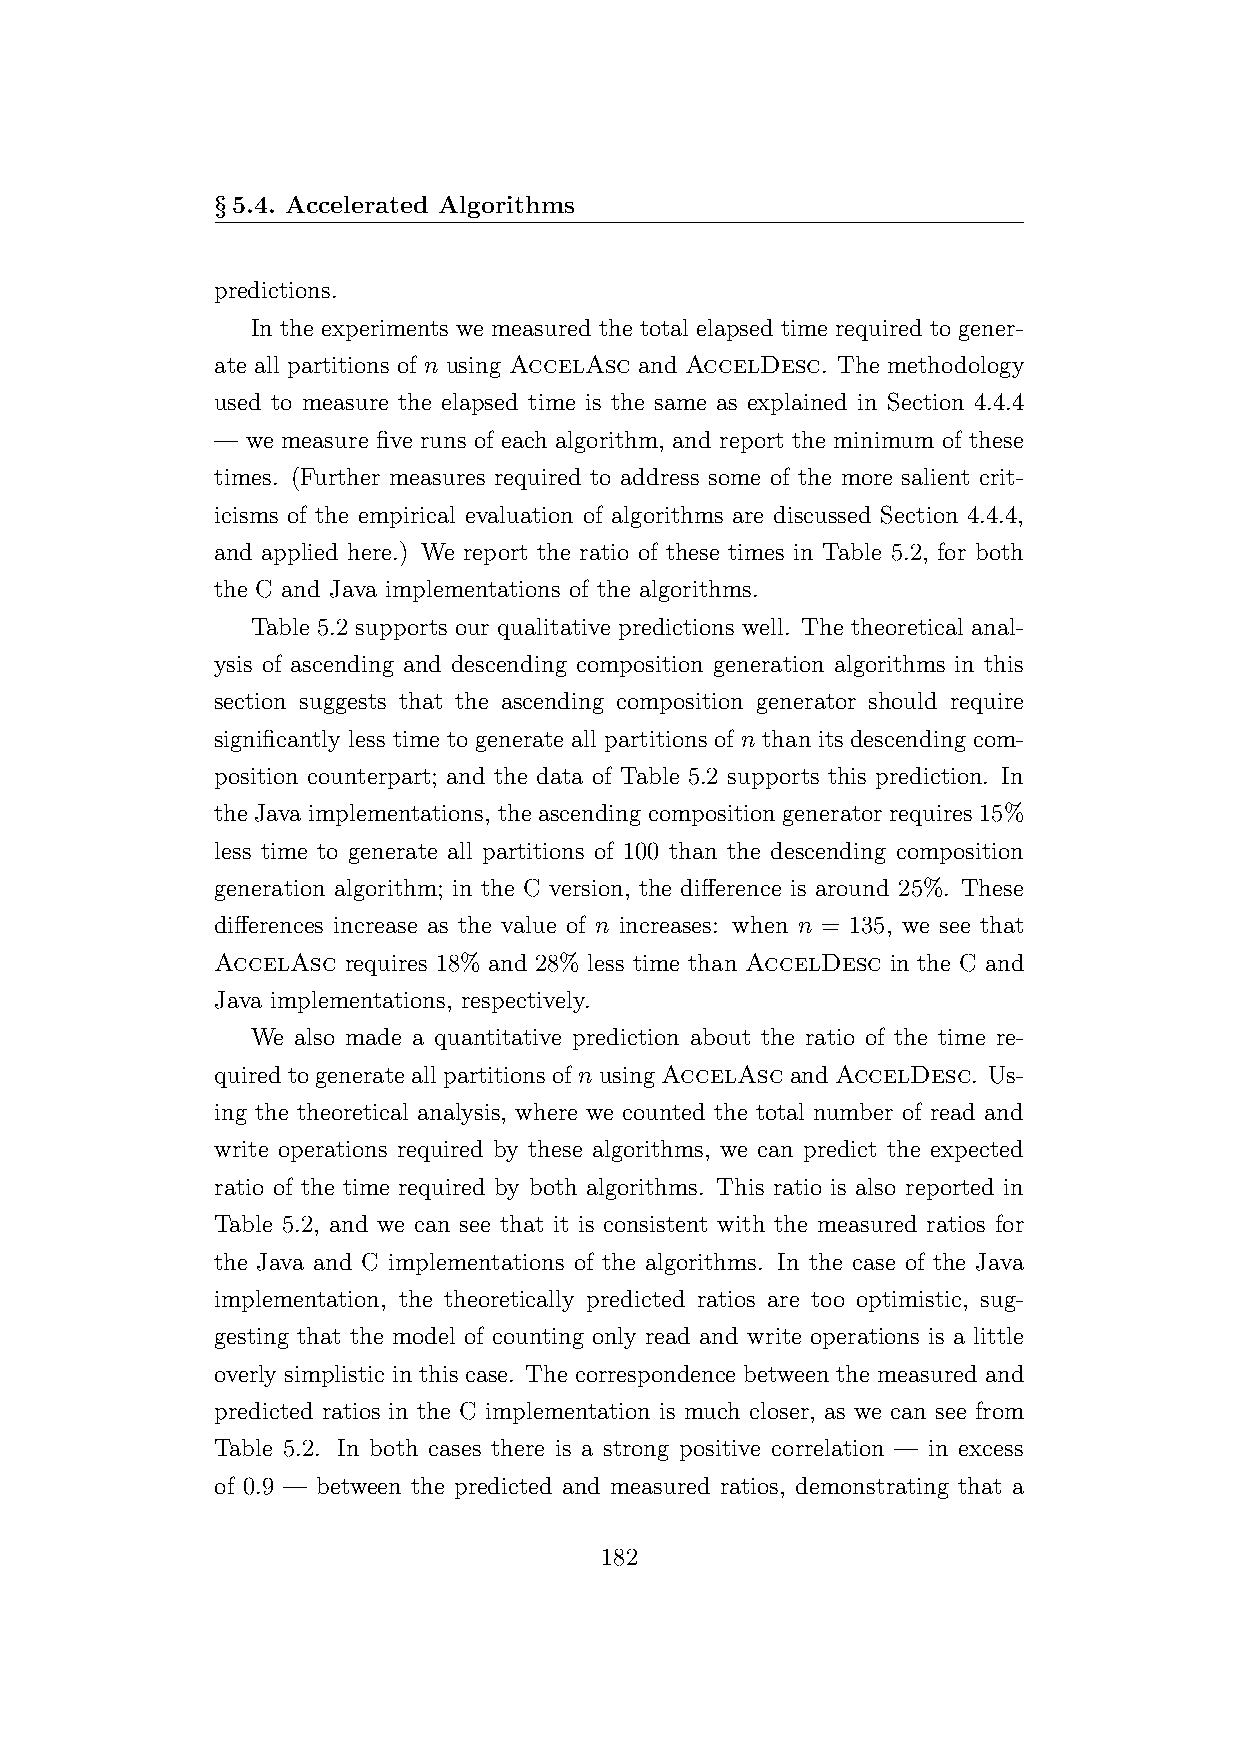
§5.4. Accelerated Algorithms
 predictions.
 In the experiments we measured the total elapsed time required to gener-
 ate all partitions of n using AccelAsc and AccelDesc. The methodology
 used to measure the elapsed time is the same as explained in Section 4.4.4
 — we measure five runs of each algorithm, and report the minimum of these
 times. (Further measures required to address some of the more salient crit-
 icisms of the empirical evaluation of algorithms are discussed Section 4.4.4,
 and applied here.) We report the ratio of these times in Table 5.2, for both
 the C and Java implementations of the algorithms.
 Table 5.2 supports our qualitative predictions well. The theoretical anal-
 ysis of ascending and descending composition generation algorithms in this
 section suggests that the ascending composition generator should require
 significantly less time to generate all partitions of n than its descending com-
 position counterpart; and the data of Table 5.2 supports this prediction. In
 the Java implementations, the ascending composition generator requires 15%
 less time to generate all partitions of 100 than the descending composition
 generation algorithm; in the C version, the difference is around 25%. These
 differences increase as the value of n increases: when n = 135, we see that
 AccelAsc requires 18% and 28% less time than AccelDesc in the C and
 Java implementations, respectively.
 We also made a quantitative prediction about the ratio of the time re-
 quiredtogenerateallpartitionsofnusing AccelAscandAccelDesc. Us-
 ing the theoretical analysis, where we counted the total number of read and
 write operations required by these algorithms, we can predict the expected
 ratio of the time required by both algorithms. This ratio is also reported in
 Table 5.2, and we can see that it is consistent with the measured ratios for
 the Java and C implementations of the algorithms. In the case of the Java
 implementation, the theoretically predicted ratios are too optimistic, sug-
 gesting that the model of counting only read and write operations is a little
 overly simplistic in this case. The correspondence between the measured and
 predicted ratios in the C implementation is much closer, as we can see from
 Table 5.2. In both cases there is a strong positive correlation — in excess
 of 0.9 — between the predicted and measured ratios, demonstrating that a
 182